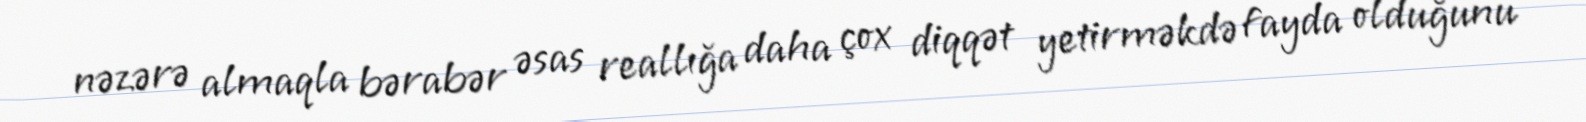
nəzərə almaqla bərabər əsas reallığa daha çox diqqət yetirməkdə fayda olduğunu